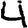
Digit: 4